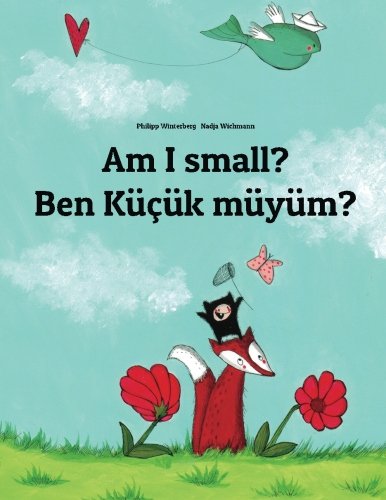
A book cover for Am I small? Ben kÃ¼Ã§Ã¼k mÃ¼yÃ¼m?: Children's Picture Book English-Turkish (Bilingual Edition) (Turkish Edition); Philipp Winterberg; Children's Books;